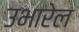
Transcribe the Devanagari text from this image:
उभारेल